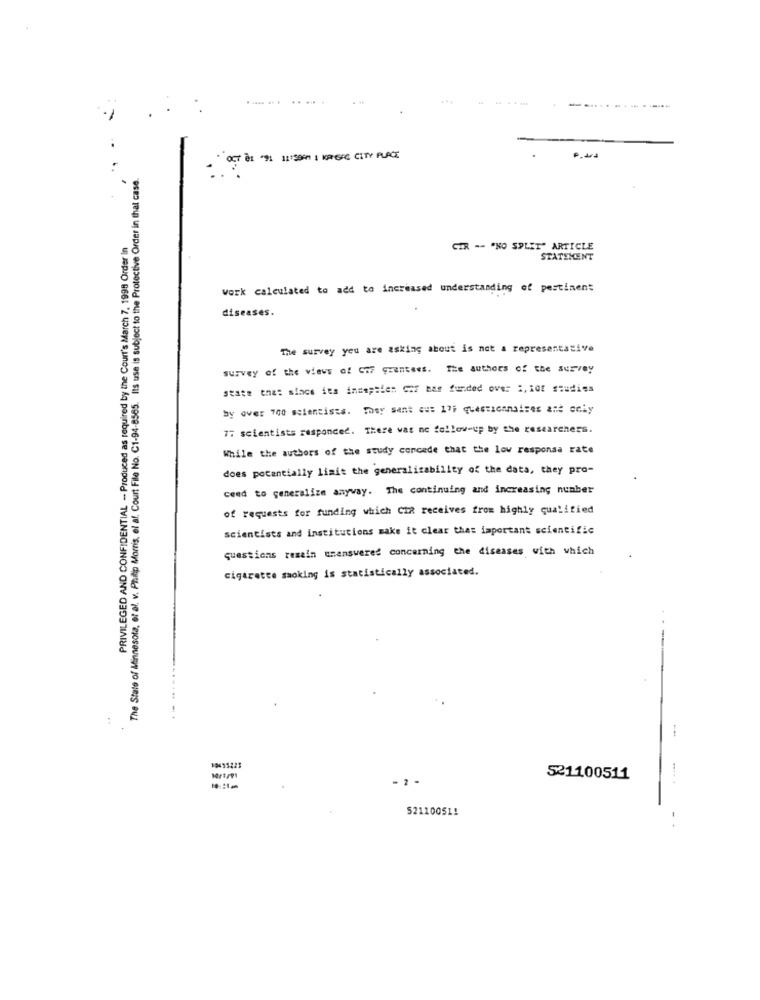
..... ..
OCT 01 "91 1115997 | KRIGAC CITY PLACE
The State of Minnesota, et al. v. Philip Morris, el af, Court File No. C1-94-8585. Its use is subject to the Protective Order in that case
PRIVILEGED AND CONFIDENTIAL - Produced as required by the Court's March 7. 1998 Order In
CIR -- "NO SPLIT" ARTICLE
STATEMENT
work calculated to add to increased understanding of pertinent
diseases.
The survey you are asking about is not a representative
survey of the views of Cif grantees. The authors of the survey
state that since its incapsien C.f bas funded over :, iof studies
by over 700 scientists. They sent au: 17i questionnaires are only
77 scientists responder. There was no follow-up by the researchers.
While the authors of the study concede that the low responsa rate
does potentially limit the generalizability of the data, they pro-
ceed to generalize anyway. The continuing and increasing number
of requests for funding which CIR receives from highly qualified
scientists and institutions make it clear that important scientific
questions remain unanswered concerning the diseases with which
cigarette smoking is statistically associated.
19491223
521100511
..... .
52110051!